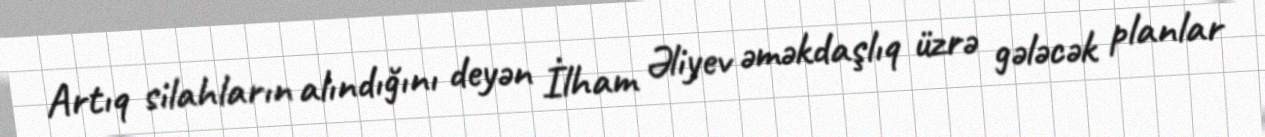
Artıq silahların alındığını deyən İlham Əliyev əməkdaşlıq üzrə gələcək planlar